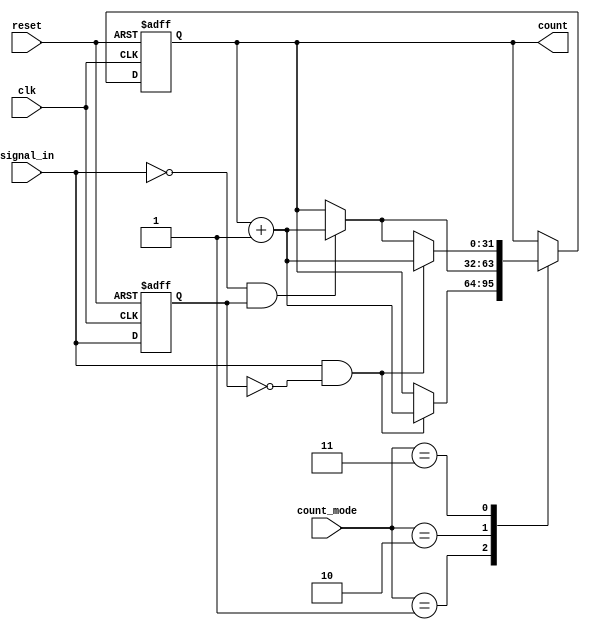
module edge_counter (
    input wire clk,               // Clock signal
    input wire reset,             // Asynchronous reset signal
    input wire signal_in,         // Input signal to monitor for edges
    input wire [1:0] count_mode,  // Control signal for counting mode
    output reg [31:0] count       // Output count
);

    // State to hold the previous value of signal_in
    reg signal_in_prev;

    // Edge detection logic
    always @(posedge clk or posedge reset) begin
        if (reset) begin
            count <= 32'b0;         // Reset count to zero
            signal_in_prev <= 1'b0; // Initialize previous signal state
        end else begin
            // Edge detection
            case (count_mode)
                2'b00: begin
                    // Do not count
                end
                2'b01: begin
                    // Count rising edges
                    if (signal_in && !signal_in_prev) begin
                        count <= count + 1; // Increment count on rising edge
                    end
                end
                2'b10: begin
                    // Count falling edges
                    if (!signal_in && signal_in_prev) begin
                        count <= count + 1; // Increment count on falling edge
                    end
                end
                2'b11: begin
                    // Count both rising and falling edges
                    if (signal_in && !signal_in_prev) begin
                        count <= count + 1; // Increment count on rising edge
                    end else if (!signal_in && signal_in_prev) begin
                        count <= count + 1; // Increment count on falling edge
                    end
                end
                default: begin
                    // Default case (should not occur)
                end
            endcase
            
            // Update previous signal state
            signal_in_prev <= signal_in;
        end
    end

endmodule